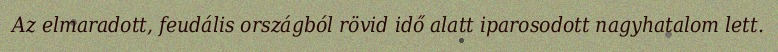
Az elmaradott, feudális országból rövid idő alatt iparosodott nagyhatalom lett.